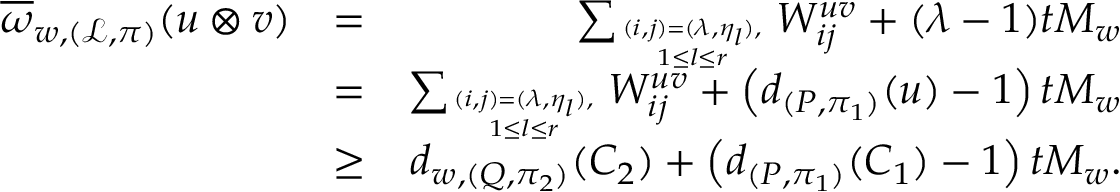
\begin{array} { r l r } { \overline { { \omega } } _ { w , ( \mathcal { L } , \pi ) } ( \boldsymbol { u } \otimes \boldsymbol { v } ) } & { = } & { \sum _ { ( i , j ) = ( \lambda , \eta _ { l } ) , \atop 1 \leq l \leq r } W _ { i j } ^ { \boldsymbol { u v } } + ( \lambda - 1 ) t M _ { w } } \\ & { = } & { \sum _ { ( i , j ) = ( \lambda , \eta _ { l } ) , \atop 1 \leq l \leq r } W _ { i j } ^ { \boldsymbol { u v } } + \left( d _ { ( P , \pi _ { 1 } ) } ( \boldsymbol { u } ) - 1 \right) t M _ { w } } \\ & { \geq } & { d _ { w , ( Q , \pi _ { 2 } ) } ( C _ { 2 } ) + \left( d _ { ( P , \pi _ { 1 } ) } ( C _ { 1 } ) - 1 \right) t M _ { w } . } \end{array}